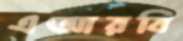
এআরবি